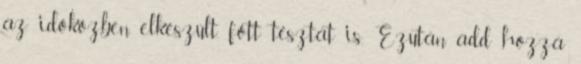
az időközben elkészült, főtt tésztát is. Ezután add hozzá